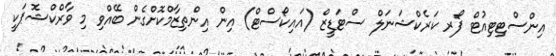
އިންސްޓިޓިއުޓް ފޯރ ކަރެކްޝަނަލް ސްޓަޑީޒް (އައިކޯސްޓް) އިން އިންތިޒާމްކޮށްގެން ބޭއްވި މި ވާރްކްޝޮޕަކީ